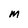
Character: m